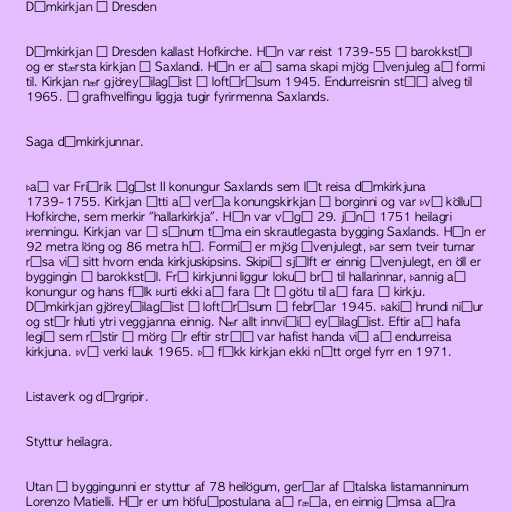
Dómkirkjan í Dresden

Dómkirkjan í Dresden kallast Hofkirche. Hún var reist 1739-55 í barokkstíl
og er stærsta kirkjan í Saxlandi. Hún er að sama skapi mjög óvenjuleg að formi
til. Kirkjan nær gjöreyðilagðist í loftárásum 1945. Endurreisnin stóð alveg til
1965. Í grafhvelfingu liggja tugir fyrirmenna Saxlands.

Saga dómkirkjunnar.

Það var Friðrik Ágúst II konungur Saxlands sem lét reisa dómkirkjuna
1739-1755. Kirkjan átti að verða konungskirkjan í borginni og var því kölluð
Hofkirche, sem merkir "hallarkirkja". Hún var vígð 29. júní 1751 heilagri
þrenningu. Kirkjan var á sínum tíma ein skrautlegasta bygging Saxlands. Hún er
92 metra löng og 86 metra há. Formið er mjög óvenjulegt, þar sem tveir turnar
rísa við sitt hvorn enda kirkjuskipsins. Skipið sjálft er einnig óvenjulegt, en öll er
byggingin í barokkstíl. Frá kirkjunni liggur lokuð brú til hallarinnar, þannig að
konungur og hans fólk þurti ekki að fara út á götu til að fara í kirkju.
Dómkirkjan gjöreyðilagðist í loftárásum í febrúar 1945. Þakið hrundi niður
og stór hluti ytri veggjanna einnig. Nær allt innviðið eyðilagðist. Eftir að hafa
legið sem rústir í mörg ár eftir stríð var hafist handa við að endurreisa
kirkjuna. Því verki lauk 1965. Þó fékk kirkjan ekki nýtt orgel fyrr en 1971.

Listaverk og dýrgripir.

Styttur heilagra.

Utan á byggingunni er styttur af 78 heilögum, gerðar af ítalska listamanninum
Lorenzo Matielli. Hér er um höfuðpostulana að ræða, en einnig ýmsa aðra